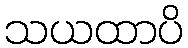
သယထာပိ